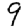
Digit: 9